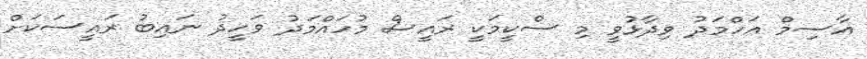
އާސިމް އަހްމަދު ވިދާޅުވީ މި ސްކީމަކީ ރައީސް މުހައްމަދު ވަހީދު ނައިބު ރައީސަކަށް